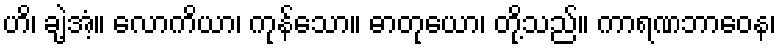
ဟိ၊ ချဲ့အံ့။ လောကိယာ၊ ကုန်သော။ ဓာတုယော၊ တို့သည်။ ကာရဏဘာဝေန၊